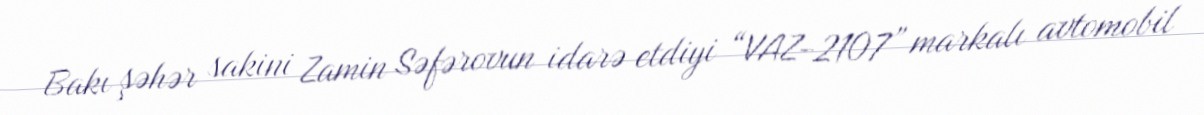
Bakı şəhər sakini Zamin Səfərovun idarə etdiyi “VAZ-2107” markalı avtomobil